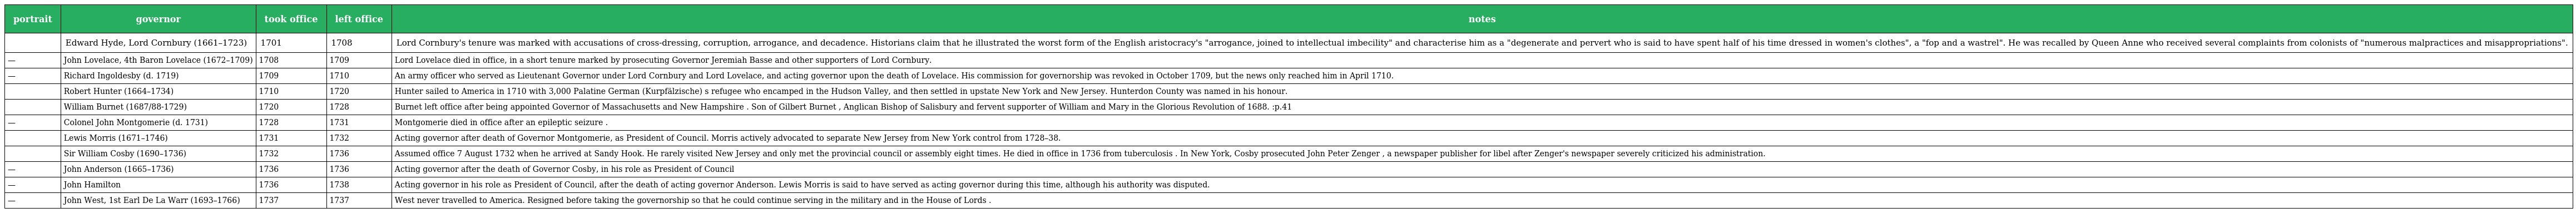
| portrait | governor | took office | left office | notes |
 | --- | --- | --- | --- | --- |
 |  | Edward Hyde, Lord Cornbury (1661–1723) | 1701 | 1708 | Lord Cornbury's tenure was marked with accusations of cross-dressing, corruption, arrogance, and decadence. Historians claim that he illustrated the worst form of the English aristocracy's "arrogance, joined to intellectual imbecility" and characterise him as a "degenerate and pervert who is said to have spent half of his time dressed in women's clothes", a "fop and a wastrel". He was recalled by Queen Anne who received several complaints from colonists of "numerous malpractices and misappropriations". |
 | — | John Lovelace, 4th Baron Lovelace (1672–1709) | 1708 | 1709 | Lord Lovelace died in office, in a short tenure marked by prosecuting Governor Jeremiah Basse and other supporters of Lord Cornbury. |
 | — | Richard Ingoldesby (d. 1719) | 1709 | 1710 | An army officer who served as Lieutenant Governor under Lord Cornbury and Lord Lovelace, and acting governor upon the death of Lovelace. His commission for governorship was revoked in October 1709, but the news only reached him in April 1710. |
 |  | Robert Hunter (1664–1734) | 1710 | 1720 | Hunter sailed to America in 1710 with 3,000 Palatine German (Kurpfälzische) s refugee who encamped in the Hudson Valley, and then settled in upstate New York and New Jersey. Hunterdon County was named in his honour. |
 |  | William Burnet (1687/88-1729) | 1720 | 1728 | Burnet left office after being appointed Governor of Massachusetts and New Hampshire . Son of Gilbert Burnet , Anglican Bishop of Salisbury and fervent supporter of William and Mary in the Glorious Revolution of 1688. :p.41 |
 | — | Colonel John Montgomerie (d. 1731) | 1728 | 1731 | Montgomerie died in office after an epileptic seizure . |
 |  | Lewis Morris (1671–1746) | 1731 | 1732 | Acting governor after death of Governor Montgomerie, as President of Council. Morris actively advocated to separate New Jersey from New York control from 1728–38. |
 |  | Sir William Cosby (1690–1736) | 1732 | 1736 | Assumed office 7 August 1732 when he arrived at Sandy Hook. He rarely visited New Jersey and only met the provincial council or assembly eight times. He died in office in 1736 from tuberculosis . In New York, Cosby prosecuted John Peter Zenger , a newspaper publisher for libel after Zenger's newspaper severely criticized his administration. |
 | — | John Anderson (1665–1736) | 1736 | 1736 | Acting governor after the death of Governor Cosby, in his role as President of Council |
 | — | John Hamilton | 1736 | 1738 | Acting governor in his role as President of Council, after the death of acting governor Anderson. Lewis Morris is said to have served as acting governor during this time, although his authority was disputed. |
 | — | John West, 1st Earl De La Warr (1693–1766) | 1737 | 1737 | West never travelled to America. Resigned before taking the governorship so that he could continue serving in the military and in the House of Lords . |